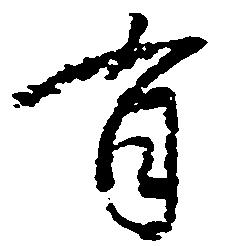
有